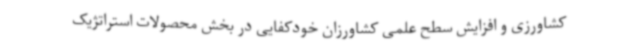
کشاورزی و افزایش سطح علمی کشاورزان خودکفایی در بخش محصولات استراتژیک